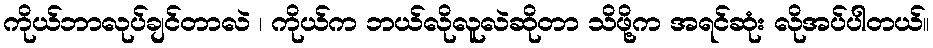
ကိုယ်ဘာလုပ်ချင်တာလဲ ၊ ကိုယ်က ဘယ်လိုလူလဲဆိုတာ သိဖို့က အရင်ဆုံး လိုအပ်ပါတယ်။